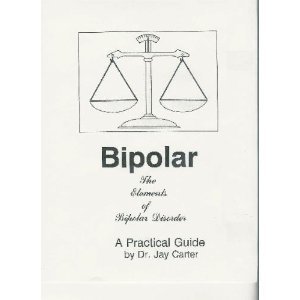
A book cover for Bipolar: An Unorthodox, Common Sense Explanation; Jay Carter; Health, Fitness & Dieting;